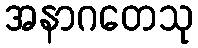
အနာဂတေသု